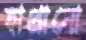
হাপ্‌রানো